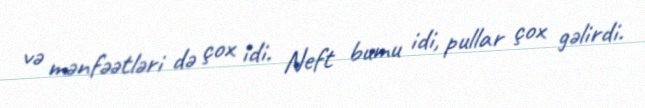
və mənfəətləri də çox idi. Neft bumu idi, pullar çox gəlirdi.